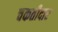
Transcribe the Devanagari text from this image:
चकतीदार